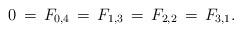
LaTeX: \begin{align*}0\,=\,F_{0,4}\,=\,F_{1,3}\,=\,F_{2,2}\,=\,F_{3,1}.\end{align*}